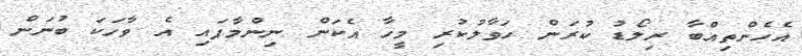
އެހެންތިއްބާ ރިލޯޑު ކުރަން ހަވާލުކުރި މީހާ އެކަން ނިންމާފައި އެ ވާހަކަ ބުނަން